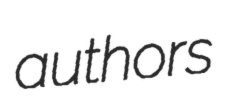
authors